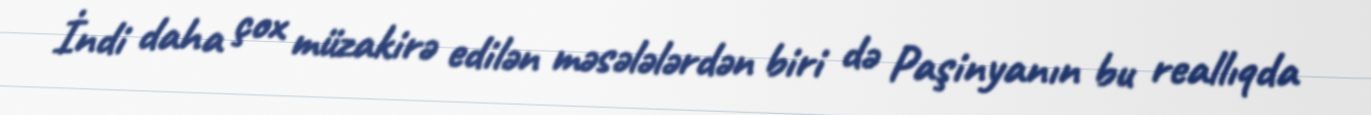
İndi daha çox müzakirə edilən məsələlərdən biri də Paşinyanın bu reallıqda